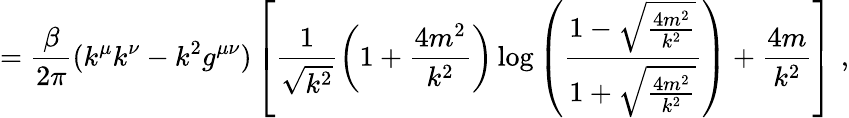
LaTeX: =\frac{\beta}{2\pi}(k^{\mu}k^{\nu}-k^{2}g^{\mu\nu})\left[\frac{1}{\sqrt{k^{2}}}\left(1+\frac{4m^{2}}{k^{2}}\right)\log\left(\frac{1-\sqrt{\frac{4m^{2}}{k^{2}}}}{1+\sqrt{\frac{4m^{2}}{k^{2}}}}\right)+\frac{4m}{k^{2}}\right]\, \, ,